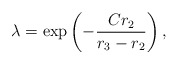
\begin{align*}\lambda = \exp\left(-\frac{Cr_2}{r_3-r_2}\right),\end{align*}